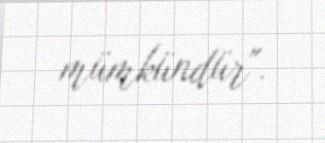
mümkündür".